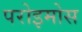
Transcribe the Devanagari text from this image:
परोइमोस